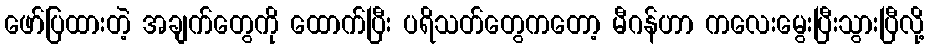
ဖော်ပြထားတဲ့ အချက်တွေကို ထောက်ပြီး ပရိသတ်တွေကတော့ မီဂန်ဟာ ကလေးမွေးပြီးသွားပြီလို့